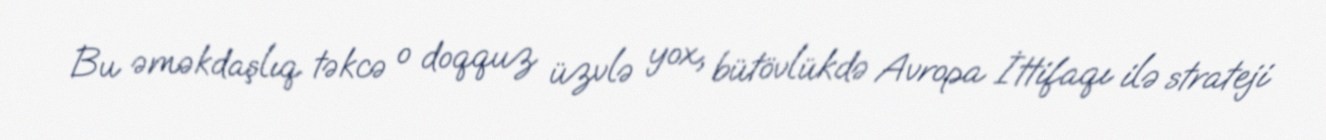
Bu əməkdaşlıq təkcə o doqquz üzvlə yox, bütövlükdə Avropa İttifaqı ilə strateji